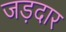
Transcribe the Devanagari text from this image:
जड़दार